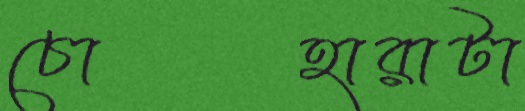
চোহারাটা